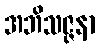
အဘိသဇ္ဇနာ